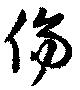
傷